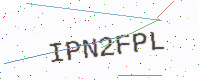
Text: IPN2FPL